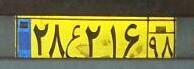
۲۸ع۲۱۶۹۸